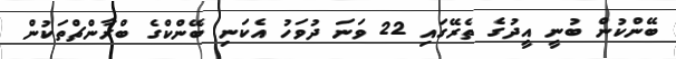
ބޭންކުން ބުނީ އީދުގެ ތެރޭގައި 22 ވަނަ ދުވަހު އެކަނި ބޭންކްގެ ބްރާންޗްތަކުން